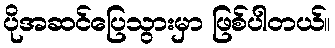
ပိုအဆင်ပြေသွားမှာ ဖြစ်ပါတယ်။